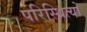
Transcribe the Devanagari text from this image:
परिस्थित्यों